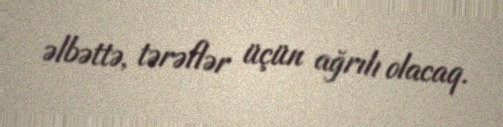
əlbəttə, tərəflər üçün ağrılı olacaq.